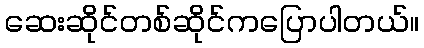
ဆေးဆိုင်တစ်ဆိုင်ကပြောပါတယ်။